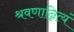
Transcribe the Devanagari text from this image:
श्रवणान्नित्यं